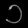
Digit: ၁